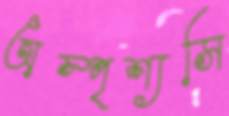
অস্পৃশ্যসি